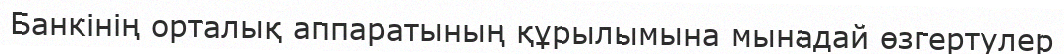
Банкінің орталық аппаратының құрылымына мынадай өзгертулер